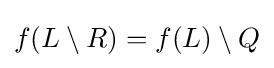
f(L\setminus R)=f(L)\setminus Q